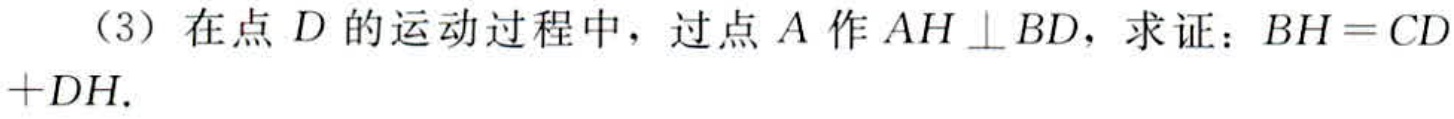
（3）在点 \(D\) 的运动过程中，过点 \(A\) 作 \(AH\perp BD\)，求证：\(BH = CD+DH\).